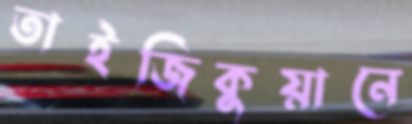
তাইজিকুয়ানে